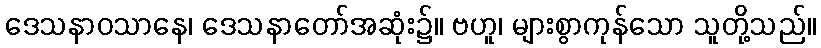
ဒေသနာဝသာနေ၊ ဒေသနာတော်အဆုံး၌။ ဗဟူ၊ များစွာကုန်သော သူတို့သည်။